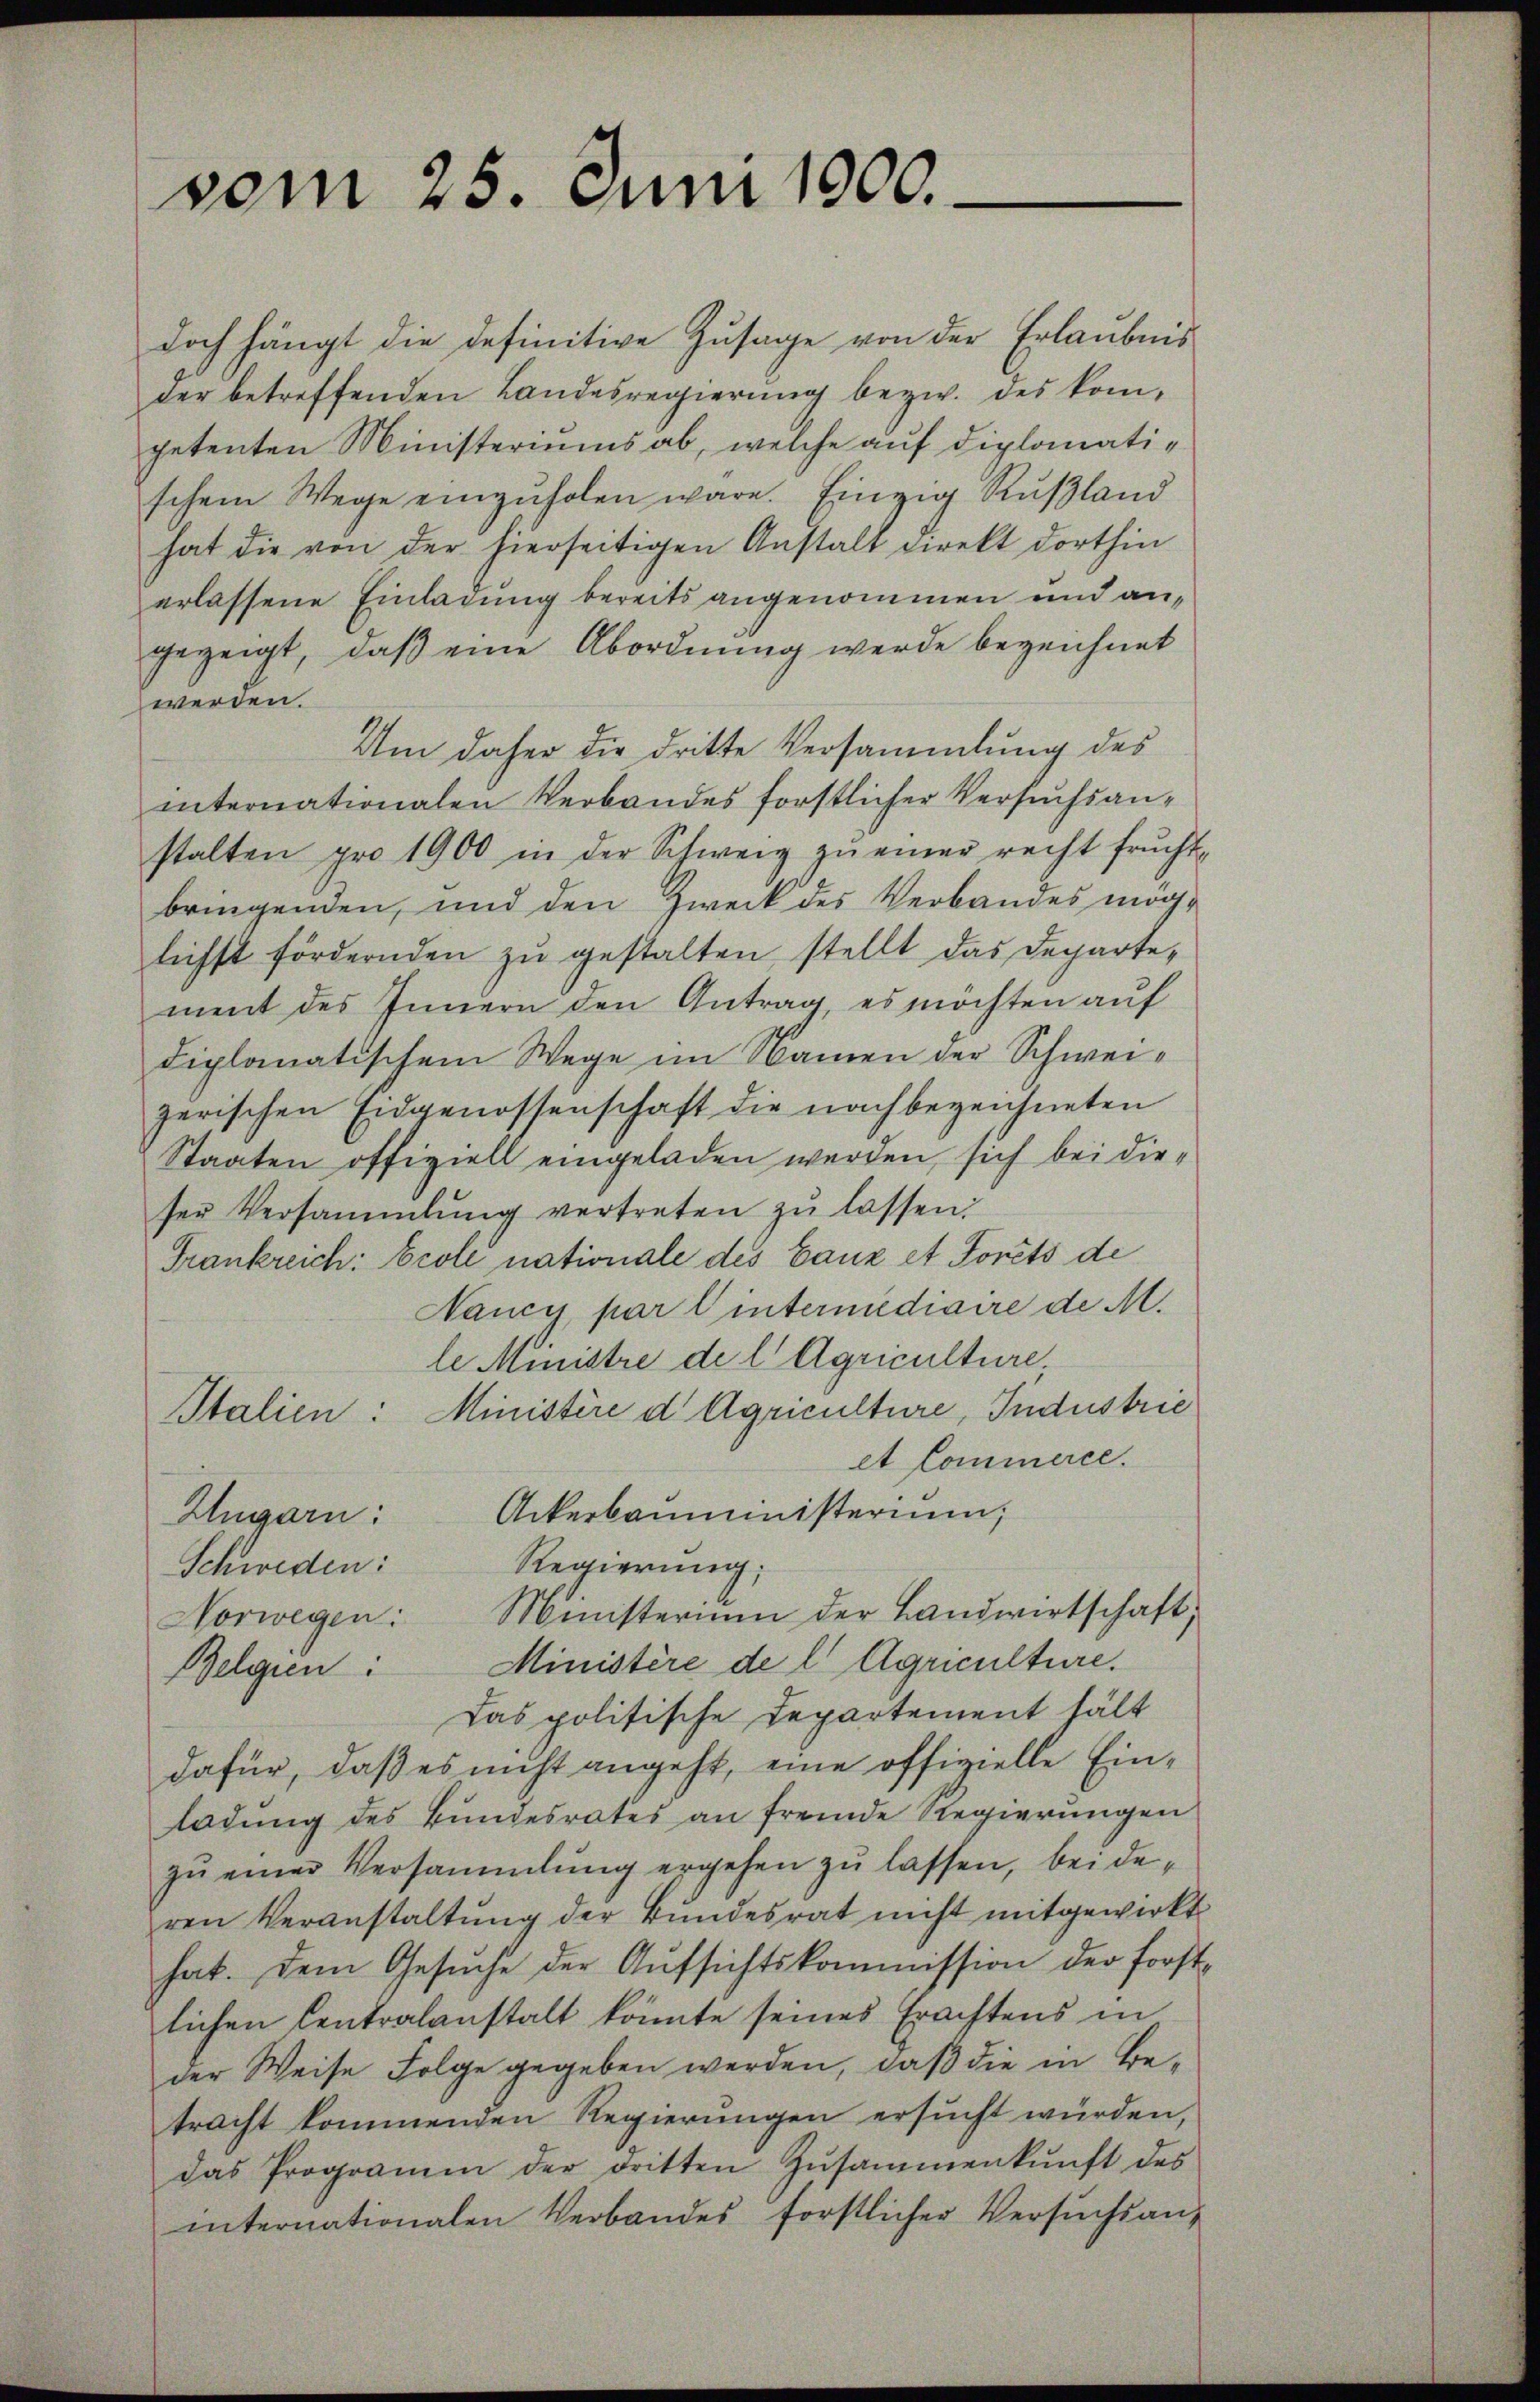
vom 25. Juni 1900.

doch hängt die definitive Zusage von der Erlaubnis
der betreffenden Landesregierung bezw. des kompetenten Ministeriums ab, welche auf diplomatischem Wege einzŭholen wäre. Einzig Rußland
hat die von der hierseitigen Anstalt direkt dorthin
erlassene Einladung bereits angenommen und angezeigt, daß eine Abordnung werde bezeichnet
werden.
Um daher die dritte Versammlung des
internationalen Verbandes forstlicher Versuchsanstalten pro 1900 in der Schweiz zŭ einer recht frucht-
bringenden, und den Zweck des Verbandes möglichst fördernden zŭ gestalten stellt das Departement des Innern den Antrag, es möchten auf
diplomatischem Wege im Namen der Schweizerischen Eidgenossenschaft die nachbezeichneten
Staaten offiziell eingeladen werden, sich bei die-
ser Versammlung vertreten zŭ lassen:
Frankreich: Ecole nationale des Ganz et forêts de
Nancu par l intermédiaire de M.
le Ministre de l. Agriculture
Stalien: Ministère d Agriculture, Industrie
et Commerce.
Ungarn: Ackerbauministerium,
Regierung;
Schweden:
Norwegen: Ministerium der Landwirtschaft,
Belgien: Ministère de l. Agriculture.
Das politische Departement hält
dafür, daß es nicht angeht, eine offizielle Einladŭng des Bŭndesrates an fremde Regierŭngen
zu einer Versammlung ergehen zu lassen, beideren Veranstaltung der Bundesrat nicht mitgewirkt
hat. Dem Gesŭche der Aŭfsichtskommission der forst-
lichen Centralanstalt könnte seines Erachtens in
der Weise Folge gegeben werden, daß die in Be-
tracht kommenden Regierungen ersucht würden,
das Programm der dritten Zŭsammenkŭnft des
internationalen Verbandes forstlicher Versŭchsan-